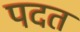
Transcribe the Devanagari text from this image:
पदत